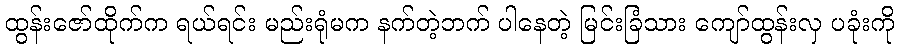
ထွန်းဇော်ထိုက်က ရယ်ရင်း မည်းရုံမက နက်တဲ့ဘက် ပါနေတဲ့ မြင်းခြံသား ကျော်ထွန်းလှ ပခုံးကို